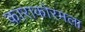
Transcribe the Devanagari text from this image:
काराकोरमला